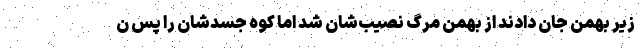
زیر بهمن جان دادند از بهمن مرگ نصیب‌شان شد اما کوه جسدشان را پس ن